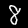
Digit: 8